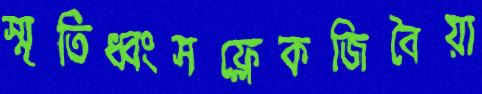
স্মৃতিধ্বংসফ্লেকজিবৈয়া